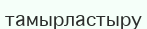
тамырластыру